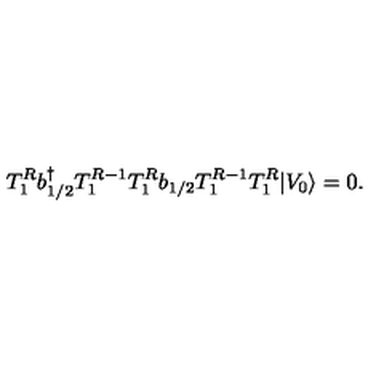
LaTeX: T _ { 1 } ^ { R } b { ^ \dagger _ { 1 / 2 } } T _ { 1 } ^ { R - 1 } T _ { 1 } ^ { R } b _ { 1 / 2 } T _ { 1 } ^ { R - 1 } T _ { 1 } ^ { R } \vert V _ { 0 } \rangle = 0 .